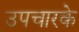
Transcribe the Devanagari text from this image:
उपचारके